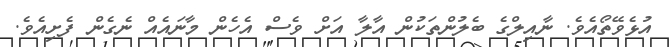
އުޅެވޭތޯއެވެ. ނާއިލްގެ ބެލުންތަކުން އާލާ އަށް ވެސް އެހެން މާނައެއް ނެގެން ފެށިއެވެ.